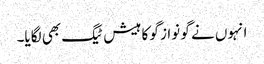
انہوں نے گو نواز گو کا ہیش ٹیگ بھی لگایا۔